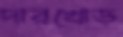
দারখোড়